Indian journal of veterinary science and animal husbandry - Volume 14,
Year: 1944
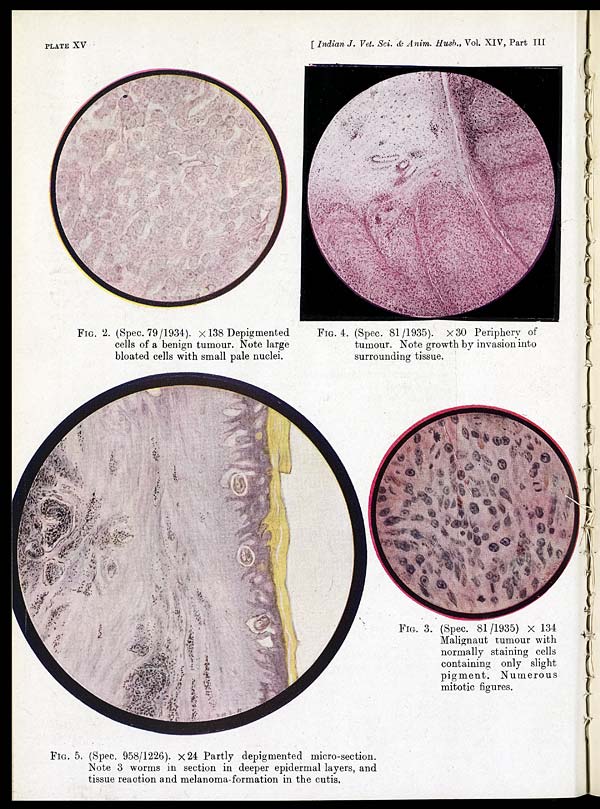
PLATE XV
[Indian J. Vet. Sci. & Anim. Husb., Vol. XIV, Part III
FIG. 2. (Spec. 79/1934). × 138 Depigmented
cells of a benign tumour. Note large
bloated cells with small pale nuclei.
FIG. 3. (Spec. 81/1935) × 134
Malignaut tumour with
normally staining cells
containing only slight
pigment. Numerous
mitotic figures.
FIG. 4. (Spec. 81/1935). × 30 Periphery of
tumour. Note growth by invasion into
surrounding tissue.
FIG. 5. (Spec. 958/1226). × 24 Partly depigmented micro-section.
Note 3 worms in section in deeper epidermal layers, and
tissue reaction and melanoma-formation in the cutis.